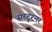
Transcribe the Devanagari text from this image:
सरटुरनर